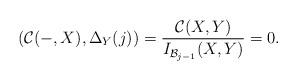
LaTeX: \begin{align*}(\mathcal{C}(-,X),\Delta_Y(j))=\frac{\mathcal{C}(X,Y)}{I_{\mathcal{B}_{j-1}}(X,Y) }=0.\end{align*}